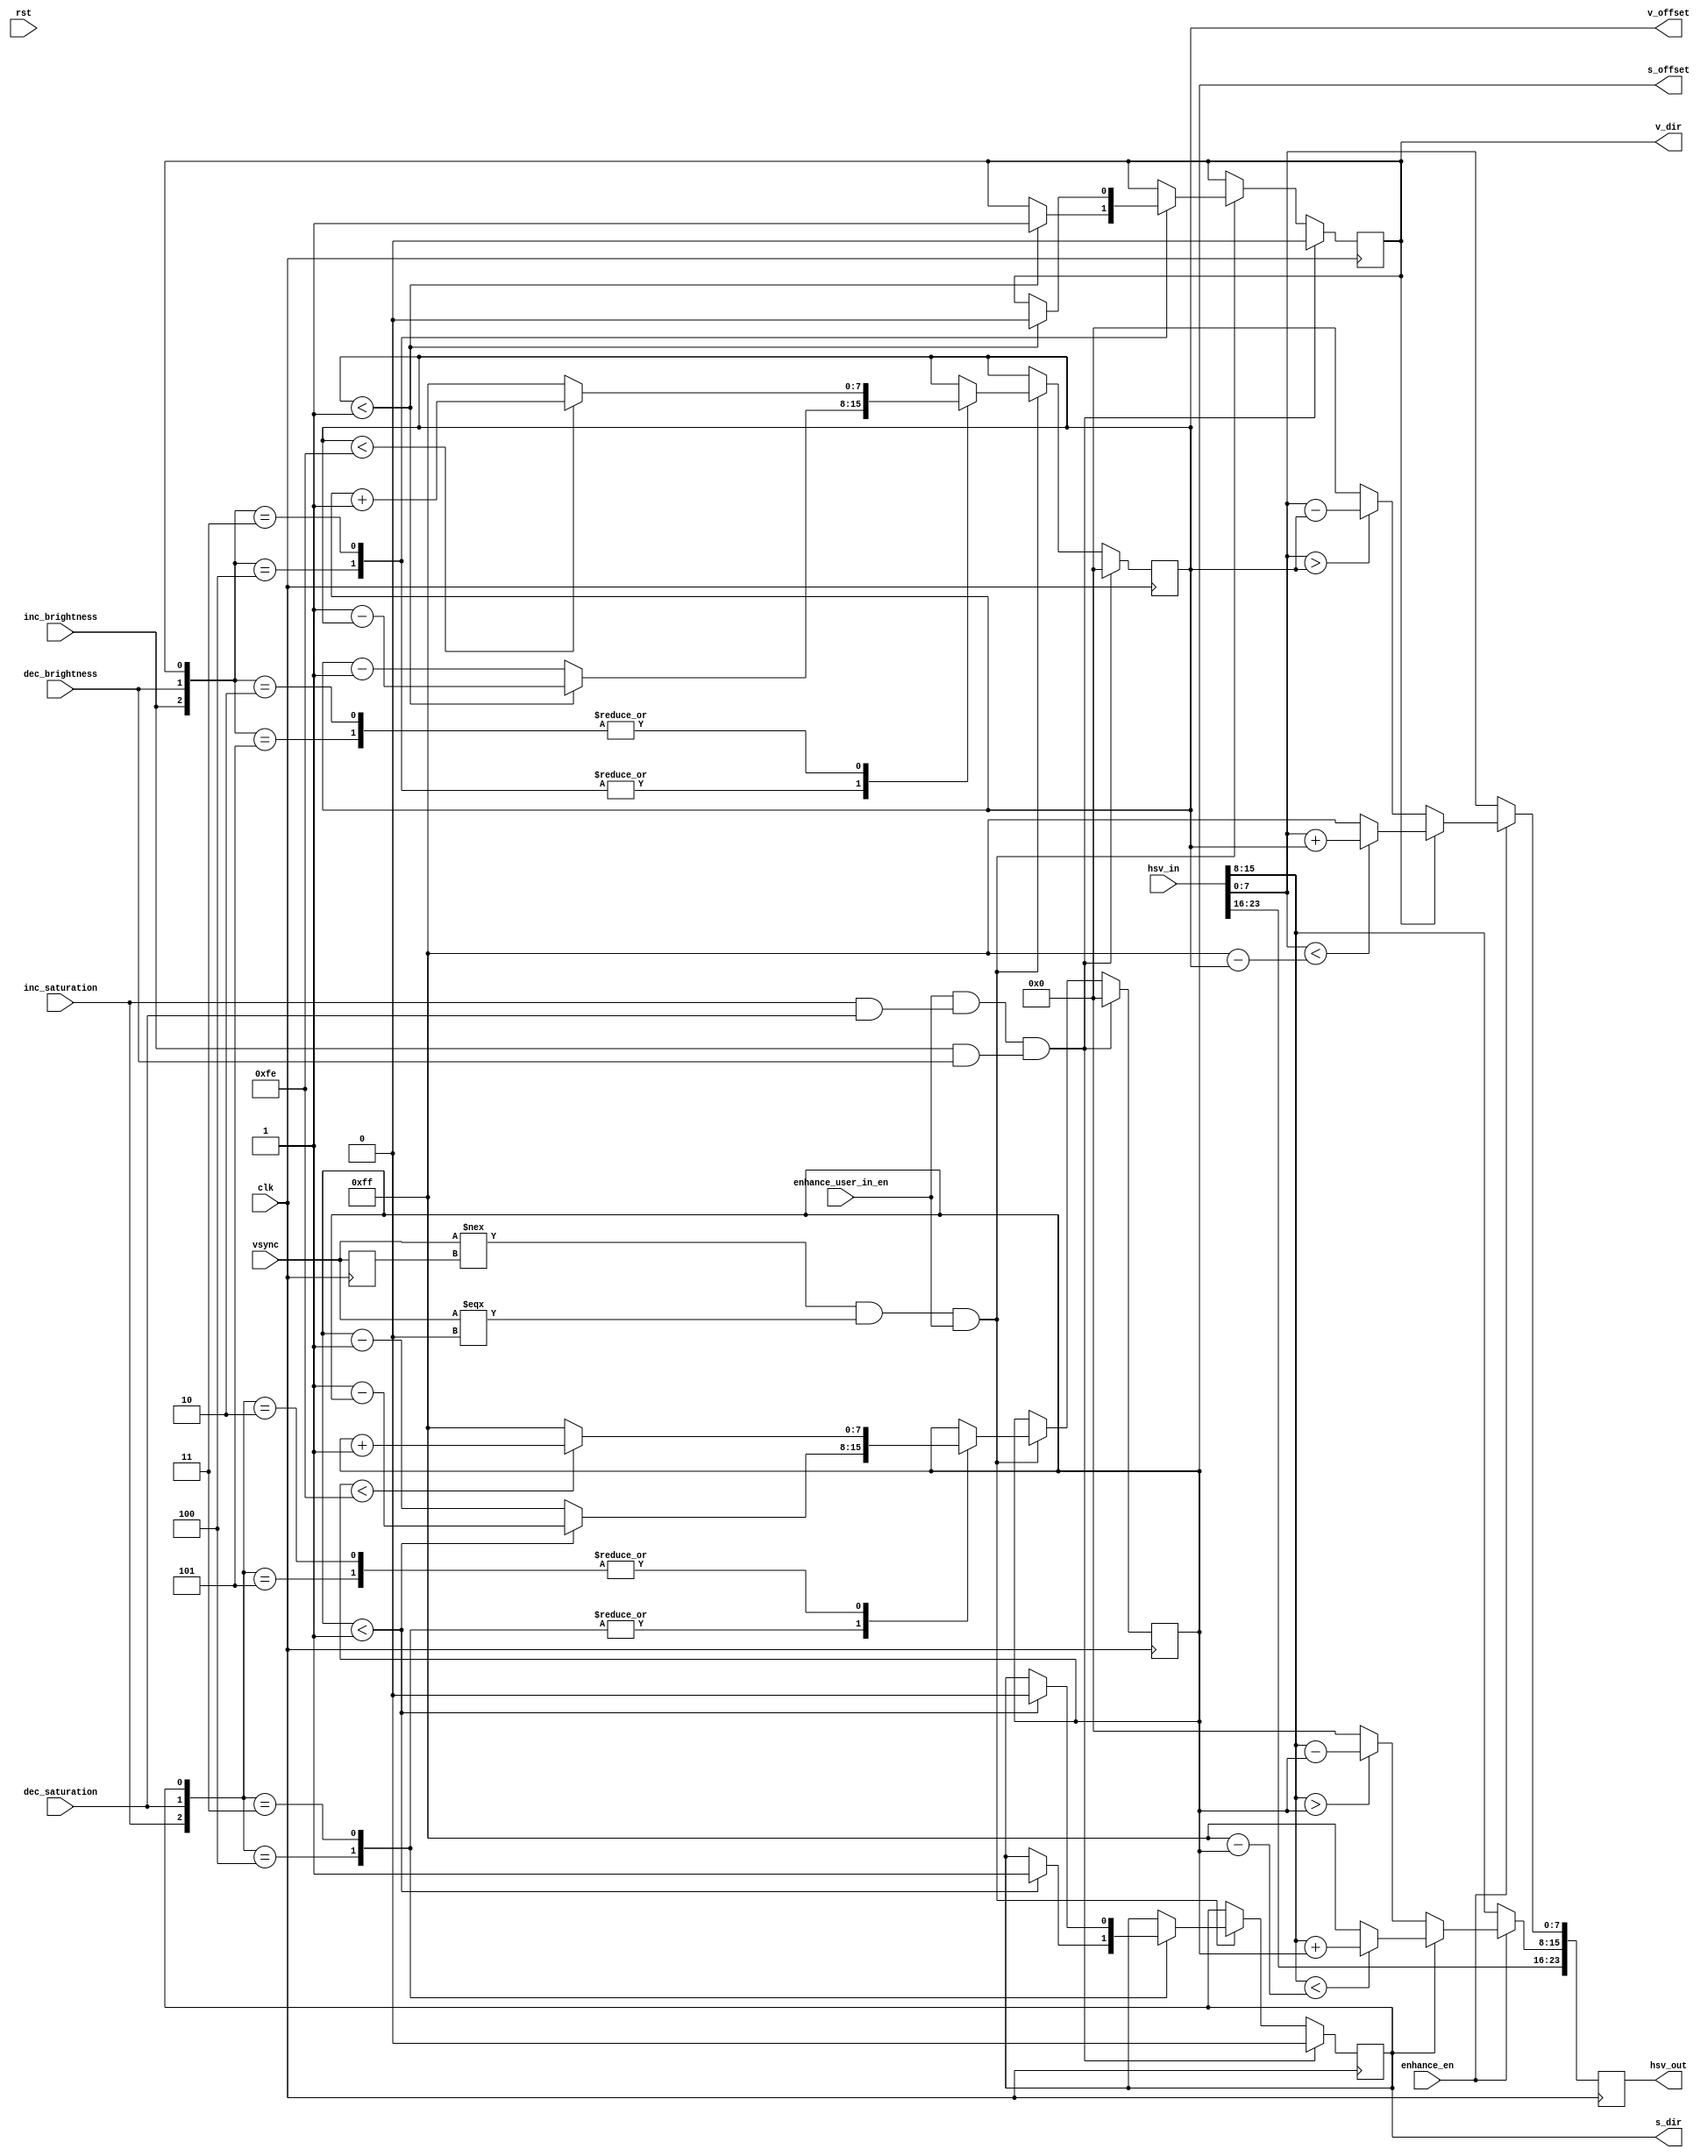
`timescale 1ns / 1ps
//////////////////////////////////////////////////////////////////////////////////
// Company: 
// 
// Design Name: 
// Module Name:    enhance 
// Project Name: 
// Target Devices: 
// Tool versions: 
// Description: Implements the image enhacement feature, which allows users to
//              adjust the saturation and brightness values of pixels in an
//              image and view the changes on screen in real-time.
//
// Dependencies: 
//
// Revision: 
// Revision 0.01 - File Created
// Additional Comments: 
//
//////////////////////////////////////////////////////////////////////////////////
module enhance(
    input clk, rst,
    input vsync,
    input enhance_en,           // enable image enhancement
    input enhance_user_in_en,   // allow user to adjust S and V values
    input inc_saturation,
    input dec_saturation,
    input inc_brightness,
    input dec_brightness,
    input [23:0] hsv_in,
    output reg [23:0] hsv_out,
    output [7:0] s_offset, v_offset,
    output s_dir, v_dir
  );

  parameter S_DEV = 1; // SATURATION
  parameter V_DEV = 1; // BRIGHTNESS
  
  reg [7:0] s_offset_q, v_offset_q;
  reg s_dir_q, v_dir_q;
  
  assign {s_dir, s_offset} = {s_dir_q, s_offset_q};
  assign {v_dir, v_offset} = {v_dir_q, v_offset_q};
                               
  // detect falling edge of vsync
  reg vsync_q;
  always @(posedge clk) vsync_q <= vsync;
  
  wire vsync_falling;
  assign vsync_falling = (vsync !== vsync_q) && (vsync === 1'b0);
  
  wire zero_saturation = inc_saturation && dec_saturation; // don't change saturation
  wire zero_brightness = inc_brightness && dec_brightness; // don't change brightness
  
  // reset: set saturation and brightness to original values
  wire reset_enhance = enhance_user_in_en && zero_saturation && zero_brightness; 
  
  // adjust S/V offsets based on user input
  always @(posedge clk) begin
    if (reset_enhance) begin
      s_offset_q <= 0;
      v_offset_q <= 0;
      s_dir_q <= 0;
      v_dir_q <= 0;
    end else if (vsync_falling && enhance_user_in_en) begin
 
      // adjust saturation offset
      case ({inc_saturation, dec_saturation, s_dir_q})
        3'b100 : begin
                    if (s_offset_q < S_DEV) begin
                      s_offset_q <= S_DEV - s_offset_q;
                      s_dir_q <= 1'b1;  // switch to positive offset
                    end else s_offset_q <= s_offset_q - S_DEV;
                  end
        3'b101  : begin
                    if (s_offset_q < (8'd255-S_DEV)) s_offset_q <= s_offset_q + S_DEV;
                    else s_offset_q <= 8'd255;
                  end
        3'b011  : begin
                    if (s_offset_q < S_DEV) begin
                      s_offset_q <= S_DEV - s_offset_q;
                      s_dir_q <= 1'b0;  // switch to negative offset
                    end else s_offset_q <= s_offset_q - S_DEV;
                  end
        3'b010  : begin
                    if (s_offset_q < (8'd255-S_DEV)) s_offset_q <= s_offset_q + S_DEV;
                    else s_offset_q <= 8'd255;
                  end
        default : ;   // simultaneous inc/dec produces no change in offset
      endcase
      
      // adjust brightness offset
      case ({inc_brightness, dec_brightness, v_dir_q})
        3'b100 : begin
                    if (v_offset_q < V_DEV) begin
                      v_offset_q <= V_DEV - v_offset_q;
                      v_dir_q <= 1'b1;  // switch to positive offset
                    end else v_offset_q <= v_offset_q - V_DEV;
                  end
        3'b101  : begin
                    if (v_offset_q < (8'd255-V_DEV)) v_offset_q <= v_offset_q + V_DEV;
                    else v_offset_q <= 8'd255;
                  end
        3'b011  : begin
                    if (v_offset_q < V_DEV) begin
                      v_offset_q <= V_DEV - v_offset_q;
                      v_dir_q <= 1'b0;  // switch to negative offset
                    end else v_offset_q <= v_offset_q - V_DEV;
                  end
        3'b010  : begin
                    if (v_offset_q < (8'd255-V_DEV)) v_offset_q <= v_offset_q + V_DEV;
                    else v_offset_q <= 8'd255;
                  end
        default : ;   // simultaneous inc/dec produces no change in offset
      endcase
      
    end
  end
  
  // apply S/V offsets to HSV input; latency = 1 clk cycle
  always @(posedge clk) begin
    if (!enhance_en) hsv_out <= hsv_in;
    else begin
      hsv_out[23:16] <= hsv_in[23:16];  // hue stays the same
      
      // apply saturation offset
      if (s_dir_q) begin
        if (hsv_in[15:8] < (8'd255 - s_offset_q))
          hsv_out[15:8] <= hsv_in[15:8] + s_offset_q;
        else hsv_out[15:8] <= 8'd255;
      end else begin
        if (hsv_in[15:8] > s_offset_q)
          hsv_out[15:8] <= hsv_in[15:8] - s_offset_q;
        else hsv_out[15:8] <= 8'd0;
      end
      
      // apply brightness offset
      if (v_dir_q) begin
        if (hsv_in[7:0] < (8'd255 - v_offset_q))
          hsv_out[7:0] <= hsv_in[7:0] + v_offset_q;
        else hsv_out[7:0] <= 8'd255;
      end else begin
        if (hsv_in[7:0] > v_offset_q)
          hsv_out[7:0] <= hsv_in[7:0] - v_offset_q;
        else hsv_out[7:0] <= 8'd0;
      end
      
    end
  end
  
endmodule